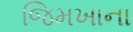
જિમખાના